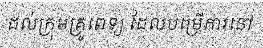
ដល់ក្រុមគ្រូពេទ្យ ដែលបម្រើការនៅ